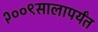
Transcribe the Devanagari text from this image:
२००९सालापर्यंत